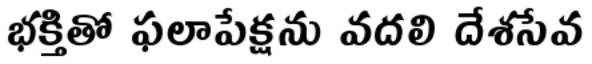
భక్తితో ఫలాపేక్షను వదలి దేశసేవ